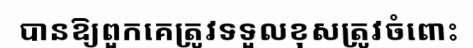
បានឱ្យពួកគេត្រូវទទួលខុសត្រូវចំពោះ